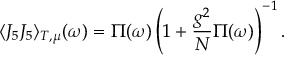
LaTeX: \langle J _ { 5 } J _ { 5 } \rangle _ { T , \mu } ( \omega ) = \Pi ( \omega ) \left( 1 + { \frac { g ^ { 2 } } { N } } \Pi ( \omega ) \right) ^ { - 1 } .